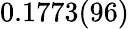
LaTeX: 0.1773(96)